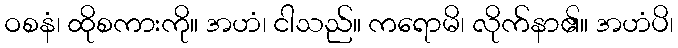
ဝစနံ၊ ထိုစကားကို။ အဟံ၊ ငါသည်။ ကရောမိ၊ လိုက်နာ၏။ အဟံပိ၊